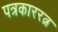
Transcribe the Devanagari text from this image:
पत्रकाररत्न